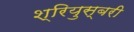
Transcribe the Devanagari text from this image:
श्रियुस्बरी